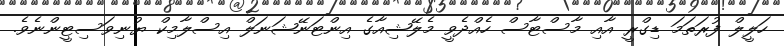
ހަލީލް ފުރަތަމަ ޑިގްރީ އާއި މާސްޓާސް ހެއްދެވީ މެލޭޝިއާގެ އިންޓަނޭޝަނަލް އިސްލާމިކް ޔުނިވަސިޓީންނެވެ.